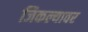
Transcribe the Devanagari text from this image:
जिकल्यावर